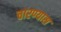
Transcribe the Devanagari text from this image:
चारण्यास